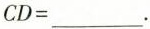
$$C D = ___$$.